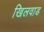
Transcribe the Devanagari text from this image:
खिलवाड